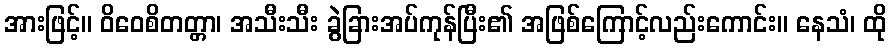
အားဖြင့်။ ဝိဝေစိတတ္တာ၊ အသီးသီး ခွဲခြားအပ်ကုန်ပြီး၏ အဖြစ်ကြောင့်လည်းကောင်း။ နေသံ၊ ထို